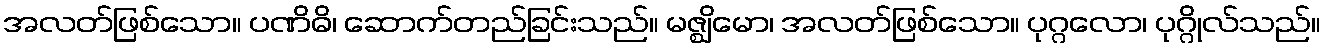
အလတ်ဖြစ်သော။ ပဏိဓိ၊ ဆောက်တည်ခြင်းသည်။ မဇ္ဈိမော၊ အလတ်ဖြစ်သော။ ပုဂ္ဂလော၊ ပုဂ္ဂိုလ်သည်။